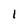
Character: 1